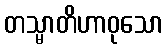
တသ္မာတိဟာဝုသော